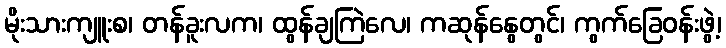
မိုးသားကျူးစ၊ တန်ခူးလက၊ ထွန်ချကြဲလေ၊ ကဆုန်နွေတွင်၊ ကွက်ခြေဝန်းဖွဲ့၊